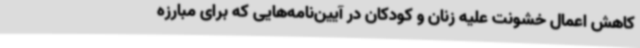
کاهش اعمال خشونت علیه زنان و کودکان در آیین‌نامه‌هایی که برای مبارزه